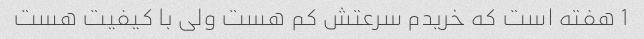
1 هفته است که خریدم سرعتش کم هست ولی با کیفیت هست